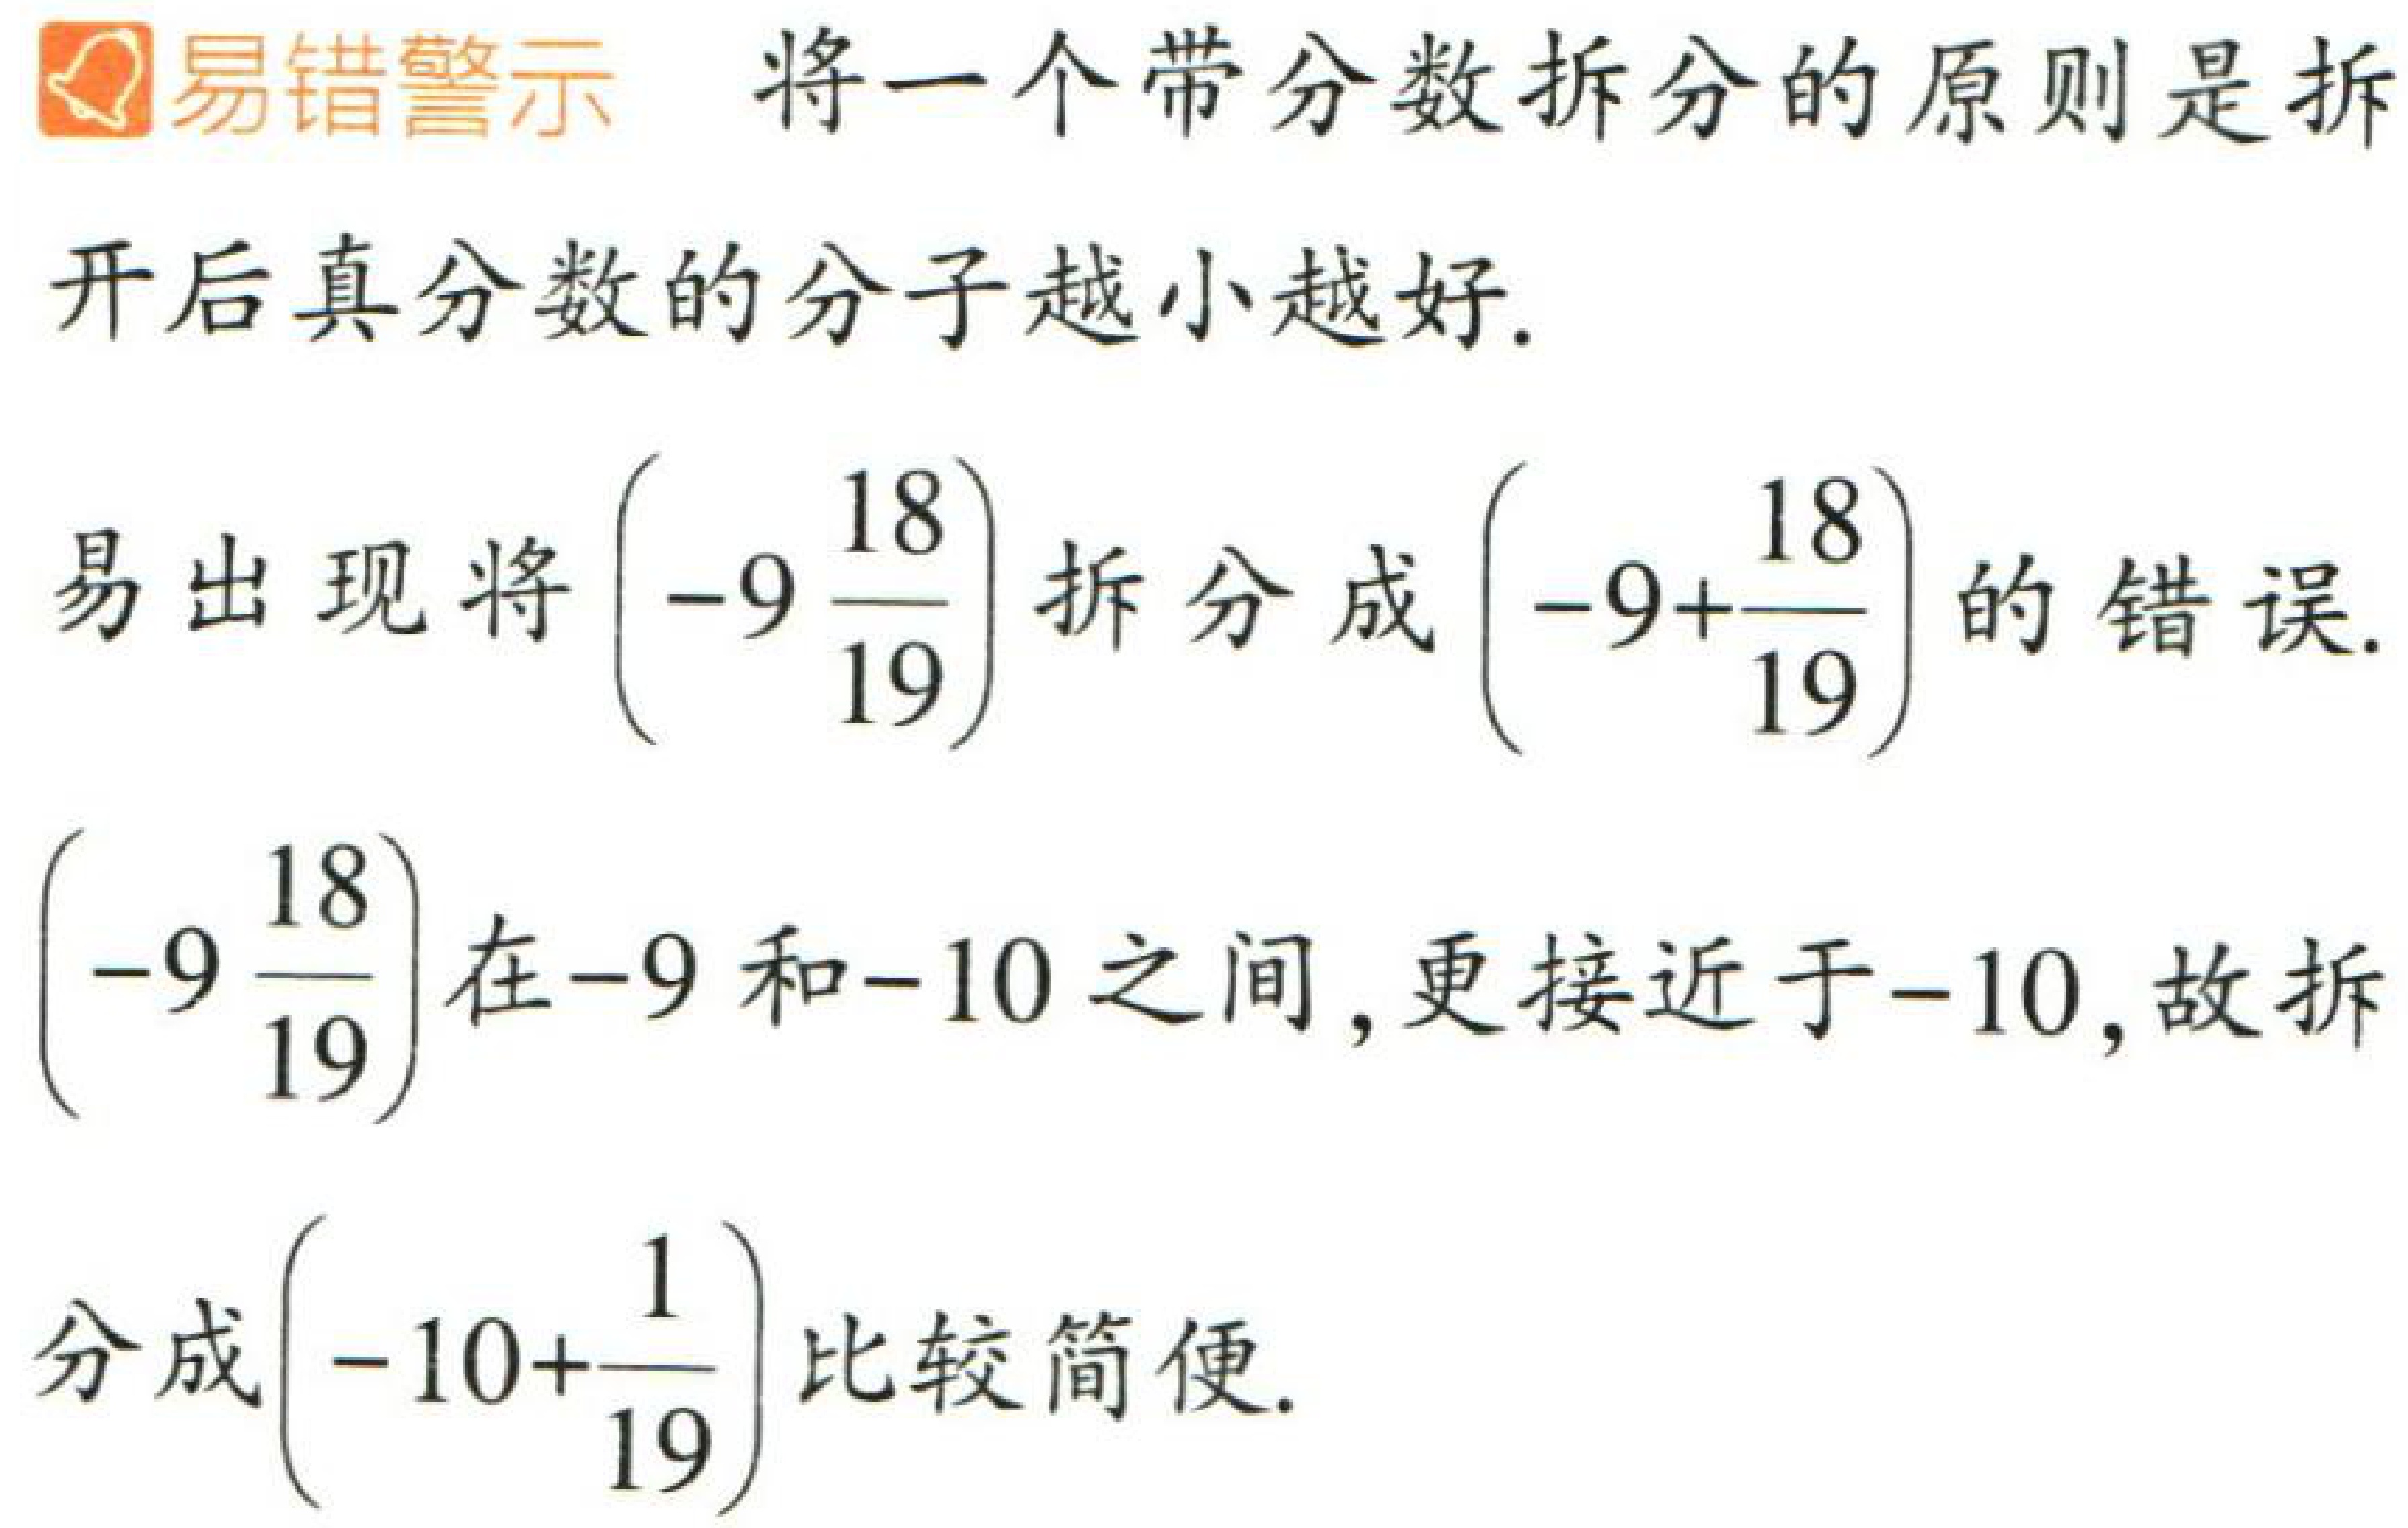
易错警示 将一个带分数拆分的原则是拆开后真分数的分子越小越好.
易出现将\(\left(-9\frac{18}{19}\right)\)拆分成\(\left(-9 + \frac{18}{19}\right)\)的错误.
\(\left(-9\frac{18}{19}\right)\)在\(-9\)和\(-10\)之间, 更接近于\(-10\), 故拆分成\(\left(-10+\frac{1}{19}\right)\)比较简便.